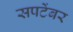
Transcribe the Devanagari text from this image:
सपटेंबर